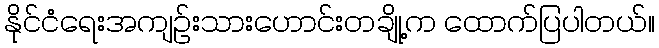
နိုင်ငံရေးအကျဉ်းသားဟောင်းတချို့က ထောက်ပြပါတယ်။